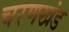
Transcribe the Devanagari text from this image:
चरणखंड